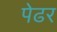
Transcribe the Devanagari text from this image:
पेढर